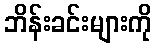
ဘိန်းခင်းများကို